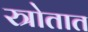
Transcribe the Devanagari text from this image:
स्त्रोतात